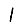
Digit: 1